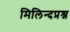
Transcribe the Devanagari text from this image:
मिलिन्दप्रश्न